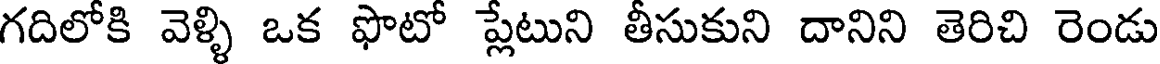
గదిలోకి వెళ్ళి ఒక ఫొటో ప్లేటుని తీసుకుని దానిని తెరిచి రెండు